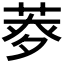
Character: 𦱏